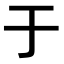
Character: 于